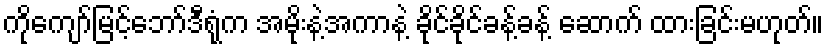
ကိုကျော်မြင့်ဘော်ဒီရုံက အမိုးနဲ့အကာနဲ့ ခိုင်ခိုင်ခန့်ခန့် ဆောက် ထားခြင်းမဟုတ်။